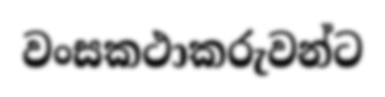
වංසකථාකරුවන්ට